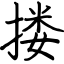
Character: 搂